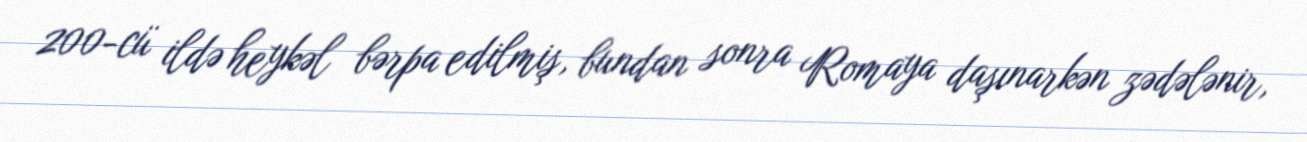
200-cü ildə heykəl bərpa edilmiş, bundan sonra Romaya daşınarkən zədələnir,